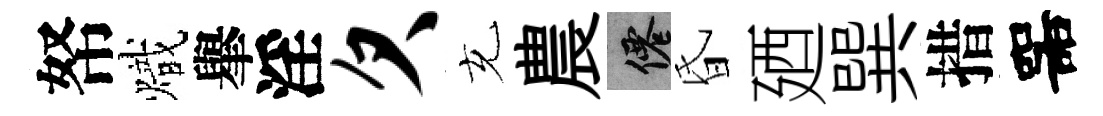
帑熾𦦙淫欠充農仙昏廼巽措噐